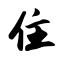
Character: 住